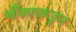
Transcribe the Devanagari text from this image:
बँकाकडून